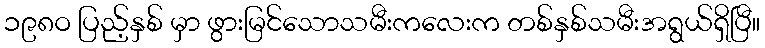
၁၉၈ဝ ပြည့်နှစ် မှာ ဖွားမြင်သောသမီးကလေးက တစ်နှစ်သမီးအရွယ်ရှိပြီ။